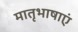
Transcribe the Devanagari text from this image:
मातृभाषाएं